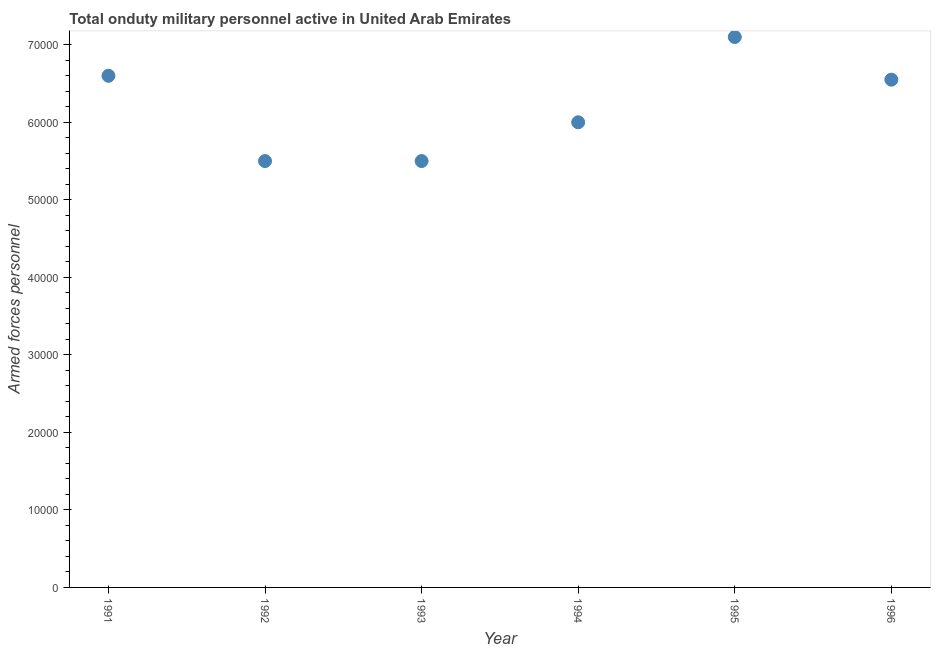
| Year | Armed forces personnel |
 | --- | --- |
 | 1991 | 6.6e+04 |
 | 1992 | 5.5e+04 |
 | 1993 | 5.5e+04 |
 | 1994 | 6e+04 |
 | 1995 | 7.1e+04 |
 | 1996 | 6.55e+04 |